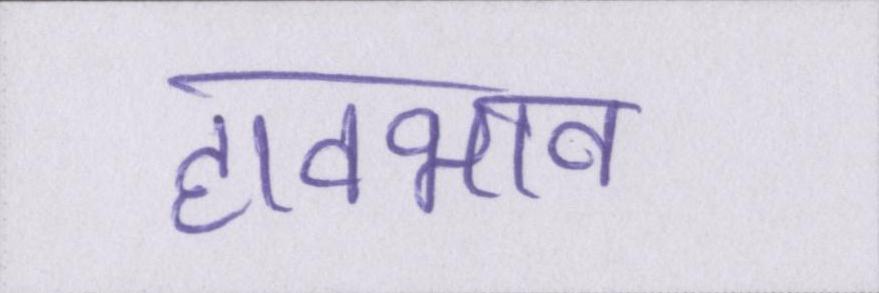
हावभाव